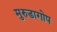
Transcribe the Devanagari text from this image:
मुरुडागोप